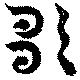
歌